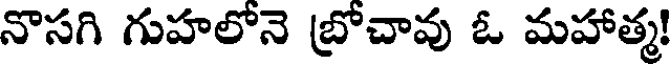
నొసగి గుహలోనె బ్రోచావు ఓ మహాత్మ!